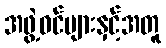
အဖွဲ့ဝင်များနှင့်အတူ